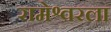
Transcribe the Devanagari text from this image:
रामेश्वरला